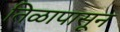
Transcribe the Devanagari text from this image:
तिळापासून